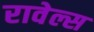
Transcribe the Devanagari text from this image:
रावेल्स